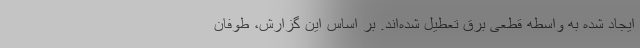
ایجاد شده به واسطه قطعی برق تعطیل شده‌اند. بر اساس این گزارش، طوفان